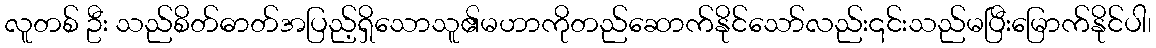
လူတစ် ဦး သည်စိတ်ဓာတ်အပြည့်ရှိသောသူ၏မဟာကိုတည်ဆောက်နိုင်သော်လည်း၎င်းသည်မပြီးမြောက်နိုင်ပါ၊